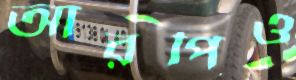
আরপিও